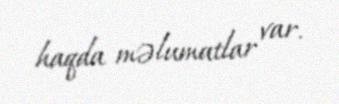
haqda məlumatlar var.